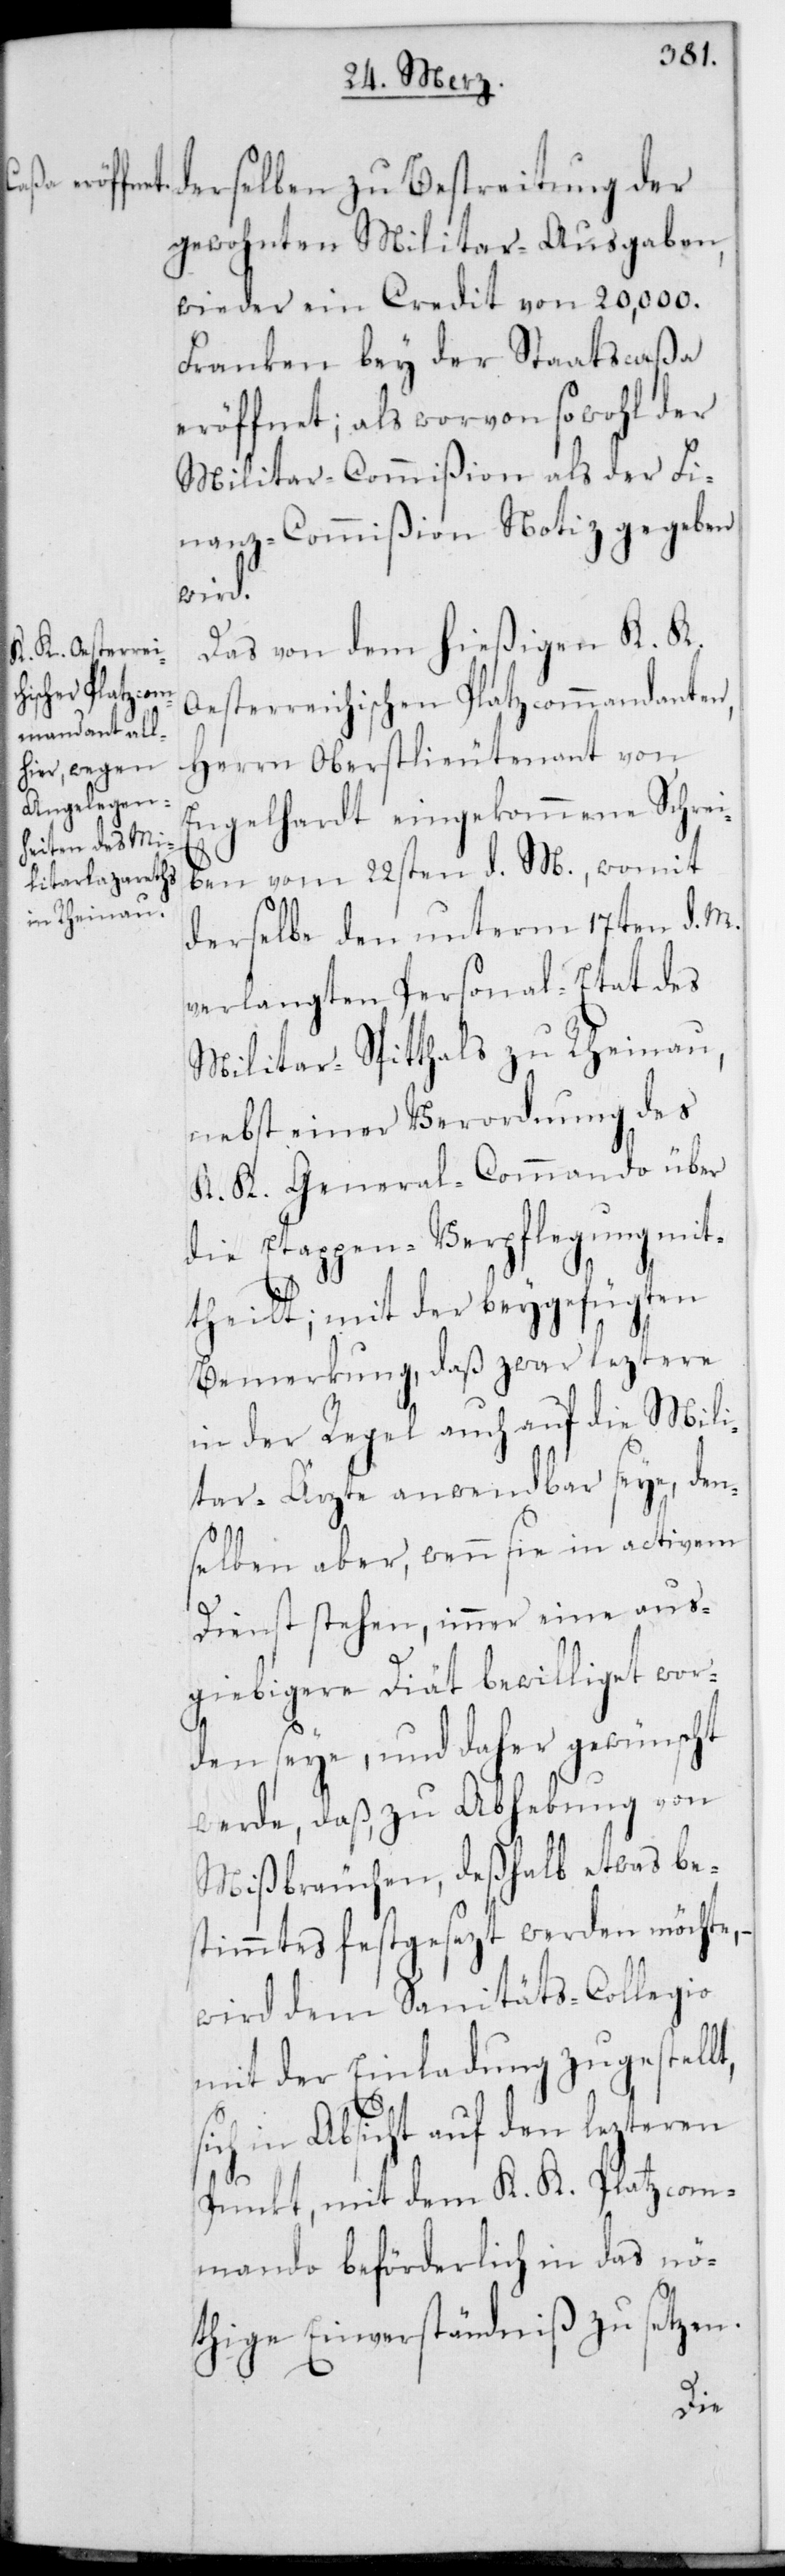
derselben zu Bestreitung der
gewohnten Militairausgaben,
wieder ein Credit von 20,000.
Franken bey der Staatscaßa
eröffnet; als worvon sowohl der
Militar-Commißion als der Fi¬
nanzcommißion Notiz gegeben
wird.
Das von dem hießigen K. K.
Oesterreichischen Platzkommandanten,
Herrn Oberstlieutenant von
Engelhardt eingekommene Schrei¬
ben vom 22sten d. M., womit
derselbe den unterm 17ten d. M.
verlangten Personal-Etat des
Militairspitthals zu Rheinau,
nebst einer Verordnung des
K. K. General-Commando über
die Etappen-Verpflegung mit¬
theilt; mit der beygefügten
Bemerkung, daß zwar leztere
in der Regel auch auf die Mili¬
tairärzte anwendbar seye, den¬
selben aber, wenn sie in activem
Dienst stehen, immer eine aus¬
giebigere Diät bewilliget wor¬
den seye, und daher gewünscht
werde, daß zu Abhebung von
Mißbräuchen, deshalb etwas Be¬
stimmtes festgesezt werden möchte,
wird dem Sanitäts-Collegio
mit der Einladung zugestellt,
in Absicht auf den lezteren
Punkt, mit dem K. K. PlatzCom¬
mando beförderlich in das nö¬
thige Einverständniß zu setzen.